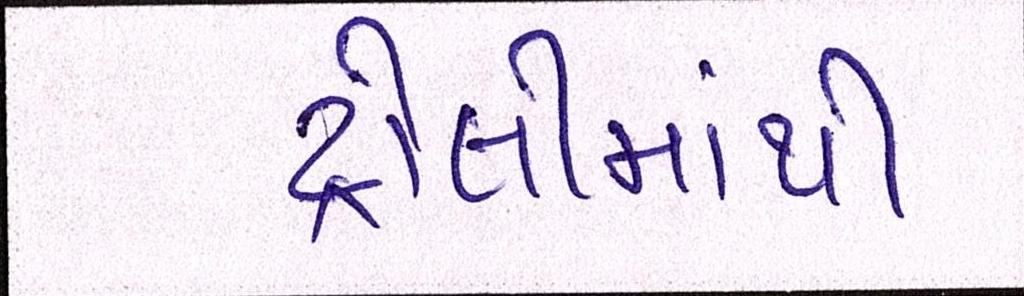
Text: ટ્રોલીમાંથી